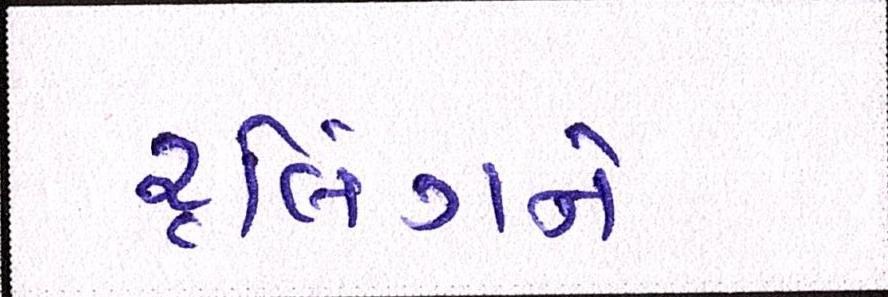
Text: રૃલિંગને